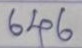
646